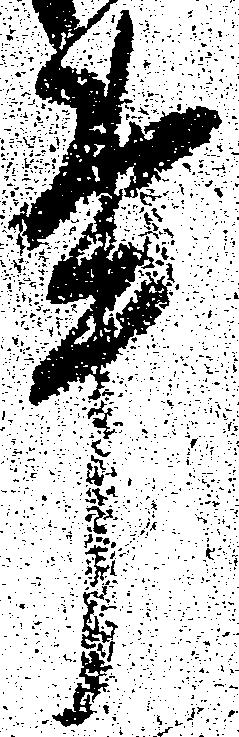
事